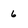
Character: 6